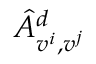
\hat { A } _ { v ^ { i } , v ^ { j } } ^ { d }